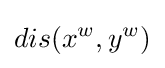
dis(x^{w},y^{w})